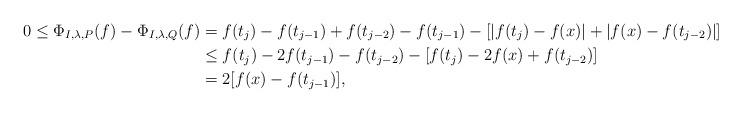
LaTeX: \begin{align*}0\le\Phi_{I,\lambda,P}(f)-\Phi_{I,\lambda,Q}(f) & =f(t_{j})-f(t_{j-1})+f(t_{j-2})-f(t_{j-1})-\left[|f(t_{j})-f(x)|+|f(x)-f(t_{j-2})|\right]\\ & \le f(t_{j})-2f(t_{j-1})-f(t_{j-2})-[f(t_{j})-2f(x)+f(t_{j-2})]\\ & =2[f(x)-f(t_{j-1})],\end{align*}